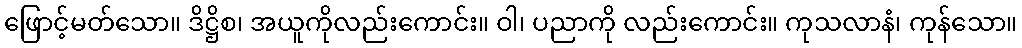
ဖြောင့်မတ်သော။ ဒိဋ္ဌိစ၊ အယူကိုလည်းကောင်း။ ဝါ၊ ပညာကို လည်းကောင်း။ ကုသလာနံ၊ ကုန်သော။